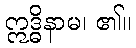
ဣဒ္ဓိနာမ၊ ၏။